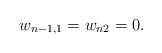
\begin{align*}w_{n-1,1}=w_{n2}=0.\end{align*}